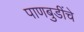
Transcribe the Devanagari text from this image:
पाणबुडींचे